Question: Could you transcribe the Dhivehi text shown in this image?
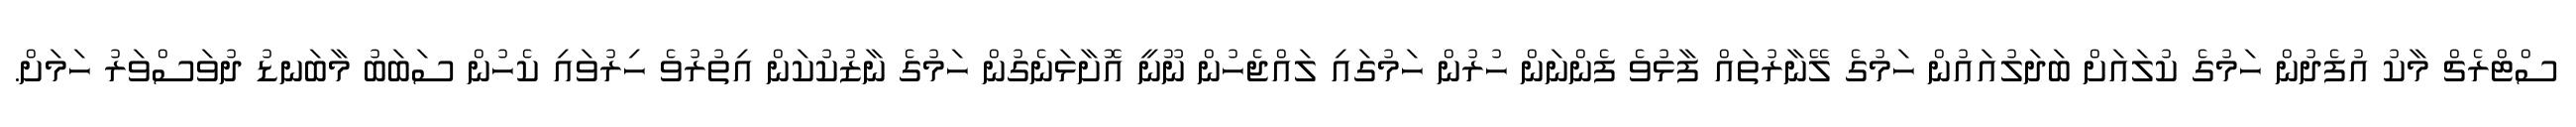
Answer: ސްޓްރެޗް މާކު އުފެދުން ހަމުގެ ކުލައަށް ބަދަލުއައުން ހަމުގެ ލޭނާރުތައް ފާޅުވެ ފެންނަން ހުރުން ހަމުގައި ލައްޖެހުން ނޫނީ އޮށާޅަނެގުން ހަމުގެ ނާޒުކުކަން އިތުރުވެ ހިރުވައި ކެހުން ސަބަބު މާބަނޑު ދުވަސްވަރު ހަމަށް.